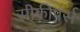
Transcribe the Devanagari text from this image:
सीकीपर्स